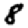
Digit: 8